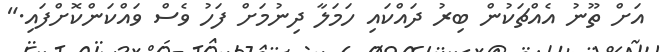
އަށް ތޫނު އެއްޗަކުން ބިރު ދައްކައި ހަމަލާ ދިނުމަށް ފަހު ވެސް ވައްކަންކޮށްފައި."